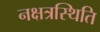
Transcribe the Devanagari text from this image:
नक्षत्रस्थिति